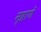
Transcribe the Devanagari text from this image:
न्हाणें